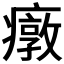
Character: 𱱤